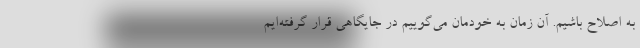
به اصلاح باشیم. آن زمان به خودمان می‌گوییم در جایگاهی قرار گرفته‌ایم